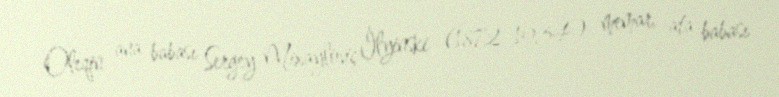
Oleqin ana babası Sergey Mixayloviç İlyinski (1872-1934) memar, ata babası